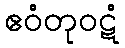
ဧဝံတုဝဋံ